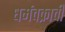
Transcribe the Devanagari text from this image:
धर्मचक्राची